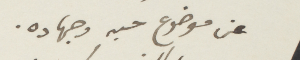
عن موضوع حبه وجهاده.